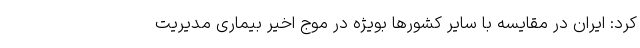
کرد: ایران در مقایسه با سایر کشورها بویژه در موج اخیر بیماری مدیریت